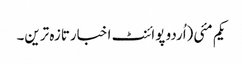
یکم مئی(اُردو پوائنٹ اخبارتازہ ترین۔